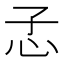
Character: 孞